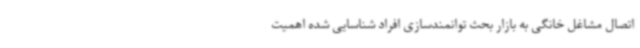
اتصال مشاغل خانگی به بازار بحث توانمندسازی افراد شناسایی شده اهمیت